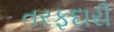
તરફદારી